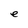
Character: e